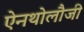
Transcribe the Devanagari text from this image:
ऐनथोलौजी